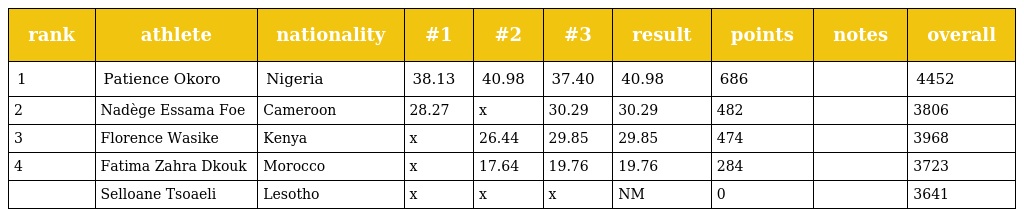
| rank | athlete | nationality | #1 | #2 | #3 | result | points | notes | overall |
 | --- | --- | --- | --- | --- | --- | --- | --- | --- | --- |
 | 1 | Patience Okoro | Nigeria | 38.13 | 40.98 | 37.40 | 40.98 | 686 |  | 4452 |
 | 2 | Nadège Essama Foe | Cameroon | 28.27 | x | 30.29 | 30.29 | 482 |  | 3806 |
 | 3 | Florence Wasike | Kenya | x | 26.44 | 29.85 | 29.85 | 474 |  | 3968 |
 | 4 | Fatima Zahra Dkouk | Morocco | x | 17.64 | 19.76 | 19.76 | 284 |  | 3723 |
 |  | Selloane Tsoaeli | Lesotho | x | x | x | NM | 0 |  | 3641 |